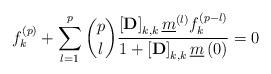
LaTeX: \begin{align*}f^{\left(p\right)}_k+\sum_{l=1}^{p}\binom {p} {l}\frac{\left[\mathbf{D}\right]_{k,k}\underline{m}^{\left(l\right)}f^{\left(p-l\right)}_k}{1+\left[\mathbf{D}\right]_{k,k}\underline{m}\left(0\right)}=0\end{align*}